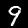
Digit: 9